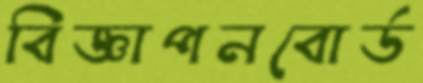
বিজ্ঞাপনবোর্ড